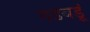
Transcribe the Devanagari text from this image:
गडबडूं